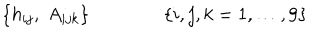
LaTeX: \{ h _ { i j } , \; A _ { i j k } \} \qquad \qquad \{ i , j , k = 1 , \dots , 9 \}